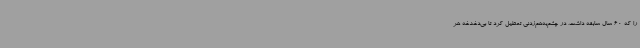
را که 60 سال سابقه داشت، در چشم‌به‌هم‌زدنی تعطیل کرد تا بی‌دغدغه هر